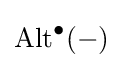
{\text{Alt}}^{\bullet }(-)